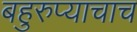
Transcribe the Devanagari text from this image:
बहुरुप्याचाच